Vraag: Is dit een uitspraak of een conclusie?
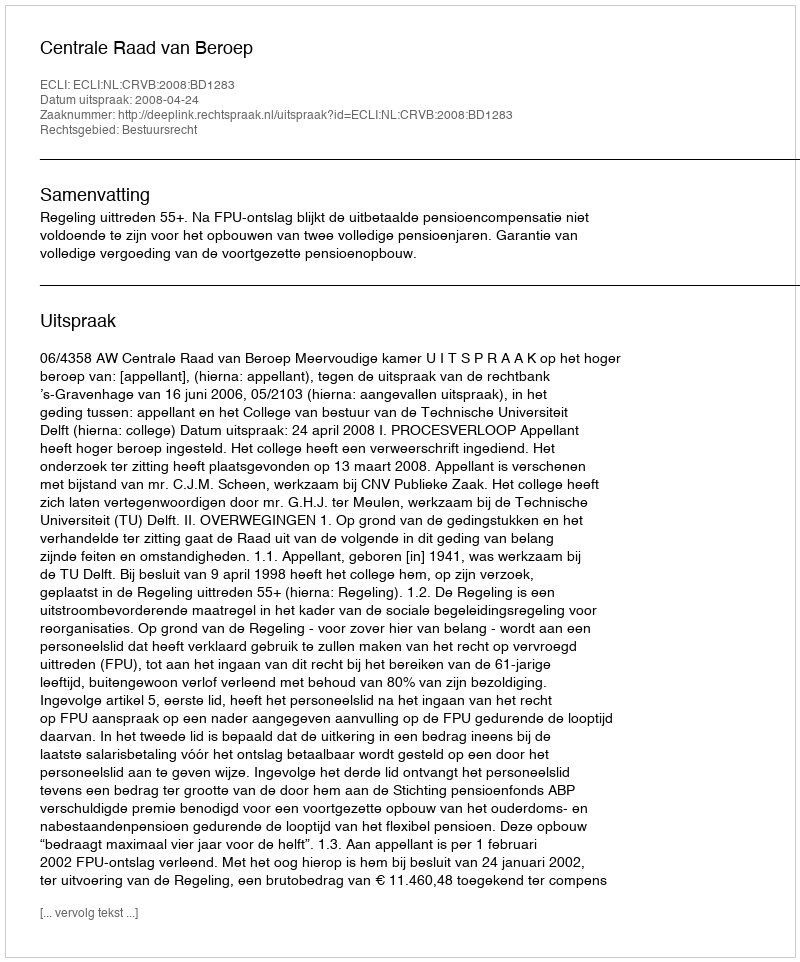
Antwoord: Uitspraak